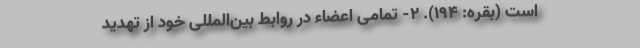
است (بقره: 194). 2- تمامی اعضاء در روابطِ بین‌المللیِ خود از تهدید